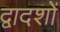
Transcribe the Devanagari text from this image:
द्वादशों